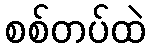
စစ်တပ်ထဲ